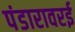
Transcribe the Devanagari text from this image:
पंडारावरई